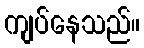
ကျပ်နေသည်။